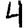
Digit: 4